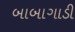
બાબાગાડી